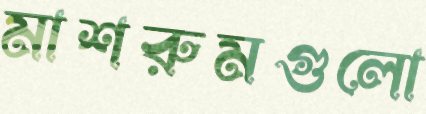
মাশরুমগুলো